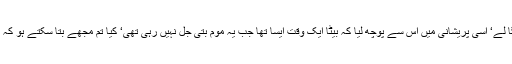
میں تھوڑا پریشان ہوا کہ چھوٹا سا بچہ ہے خود کو آگ ہی نہ لگا لے‘ اسی پریشانی میں اس سے پوچھ لیا کہ بیٹا ایک وقت ایسا تھا جب یہ موم بتی جل نہیں رہی تھی‘ کیا تم مجھے بتا سکتے ہو کہ یہ شعلہ جو اس وقت موجود ہے یہ کہاں سے اور کیسے آیا تھا؟